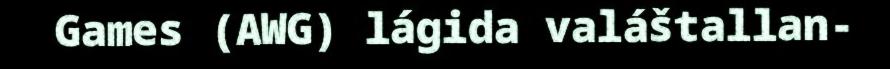
Games (AWG) lágida valáštallan-